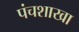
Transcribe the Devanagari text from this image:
पंचशाखा